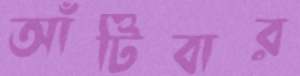
আঁটিবার